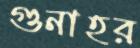
গুনাহর